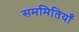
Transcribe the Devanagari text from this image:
सममितियाँ